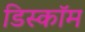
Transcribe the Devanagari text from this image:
डिस्कॉम